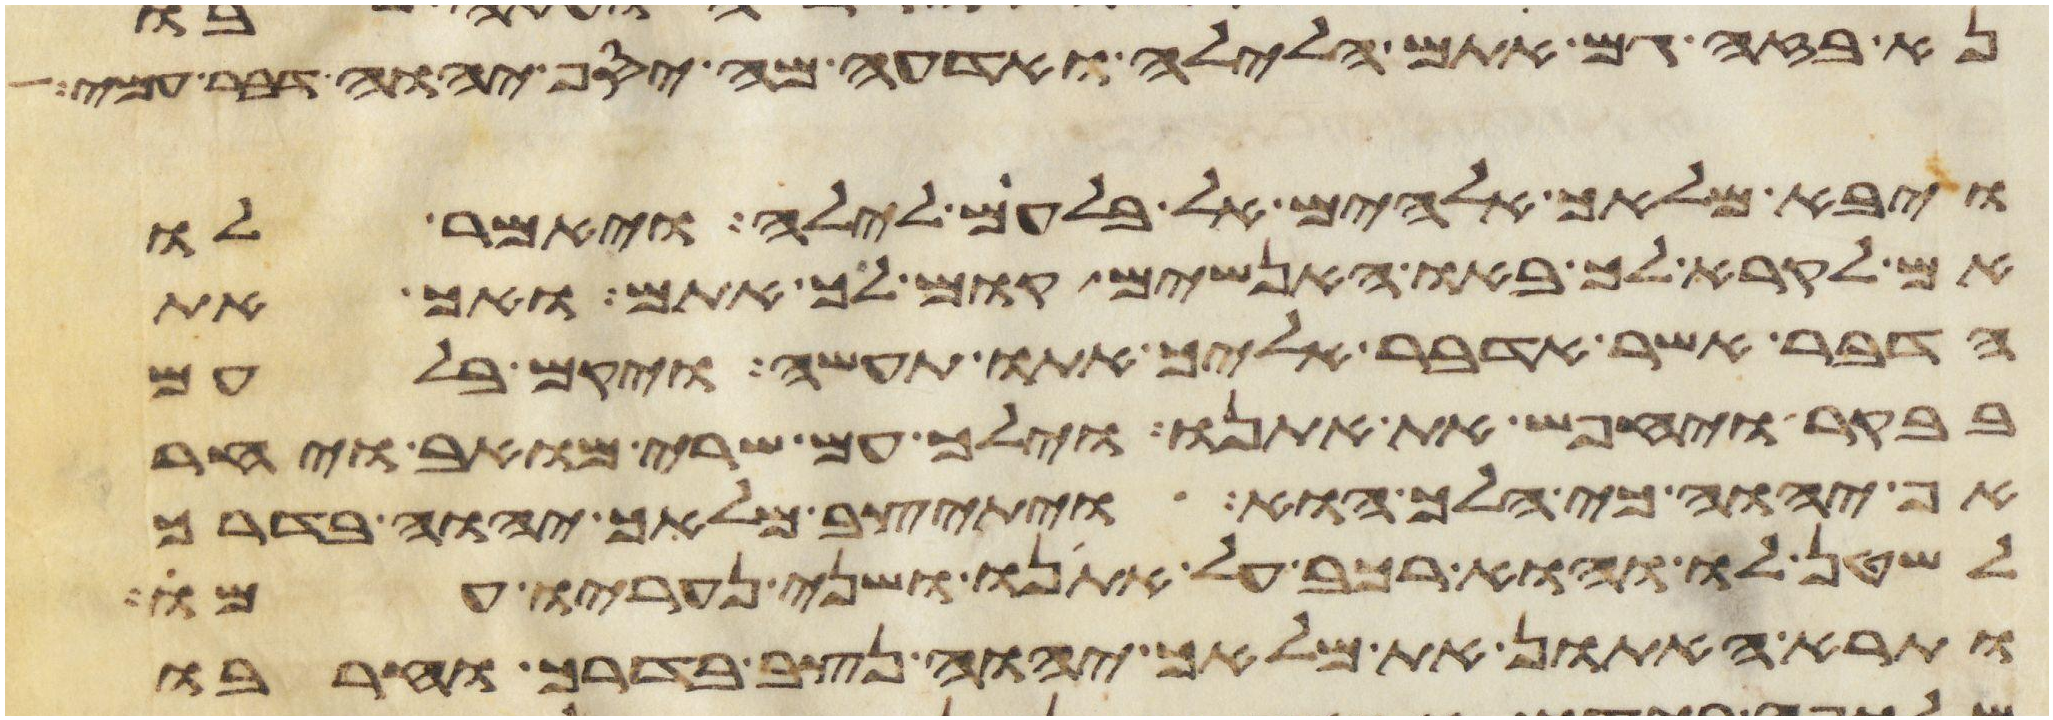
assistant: נא בזה גם אתם הלילה ואדעה מה יסף יהוה דבר עמי
ויבא מלאך אלהים אל בלעם לילה ויאמר לו
אם לקרא לך באו האנשים קום לך אתם ואך את
הדבר אשר אדבר אליך אתו תעשה ויקם בלעם
בבקר ויחבש את אתנו וילך עם שרי מואב ויחר
אף יהוה כי הלך הוא ויתיצב מלאך יהוה בדרך
לשטן לו והוא רכב על אתנו ושני נעריו עמו
ותרא האתון את מלאך יהוה נצב בדרך וחרבו